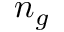
n _ { g }